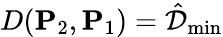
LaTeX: D(\mathbf{P}_{2},\mathbf{P}_{1})=\hat{\mathcal{D}}_{\operatorname*{min}}